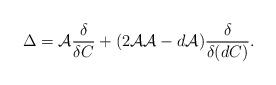
LaTeX: \begin{align*}\Delta ={\cal A}\frac{\delta }{\delta C}+(2{\cal AA}-d{\cal A})\frac{\delta }{\delta (dC)}. \end{align*}